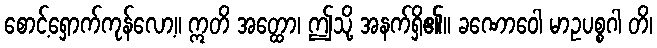
စောင့်ရှောက်ကုန်လော့။ ဣတိ အတ္ထော၊ ဤသို့ အနက်ရှိ၏။ ခဏောဝေါ မာဥပစ္စဂါ တိ၊